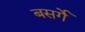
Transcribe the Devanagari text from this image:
बसर्गे